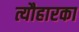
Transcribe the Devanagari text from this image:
त्यौहारका